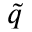
\tilde { q }